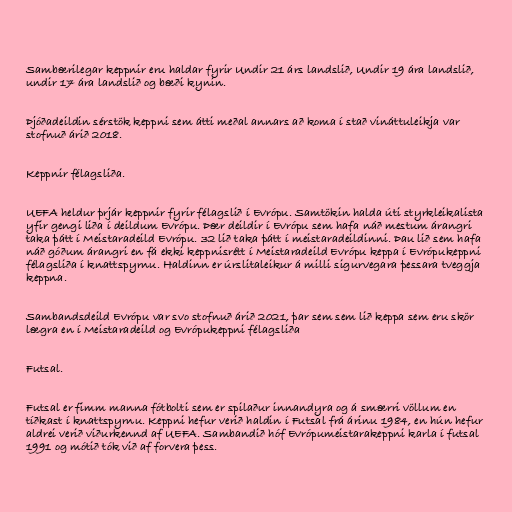
Sambærilegar keppnir eru haldar fyrir Undir 21 árs landslið, Undir 19 ára landslið,
undir 17 ára landslið og bæði kynin.

Þjóðadeildin sérstök keppni sem átti meðal annars að koma í stað vináttuleikja var
stofnuð árið 2018.

Keppnir félagsliða.

UEFA heldur þrjár keppnir fyrir félagslið í Evrópu. Samtökin halda úti styrkleikalista
yfir gengi liða í deildum Evrópu. Þær deildir í Evrópu sem hafa náð mestum árangri
taka þátt í Meistaradeild Evrópu. 32 lið taka þátt í meistaradeildinni. Þau lið sem hafa
náð góðum árangri en fá ekki keppnisrétt í Meistaradeild Evrópu keppa í Evrópukeppni
félagsliða í knattspyrnu. Haldinn er úrslitaleikur á milli sigurvegara þessara tveggja
keppna.

Sambandsdeild Evrópu var svo stofnuð árið 2021, þar sem sem lið keppa sem eru skör
lægra en í Meistaradeild og Evrópukeppni félagsliða

Futsal.

Futsal er fimm manna fótbolti sem er spilaður innandyra og á smærri völlum en
tíðkast í knattspyrnu. Keppni hefur verið haldin í Futsal frá árinu 1984, en hún hefur
aldrei verið viðurkennd af UEFA. Sambandið hóf Evrópumeistarakeppni karla í futsal
1991 og mótið tók við af forvera þess.